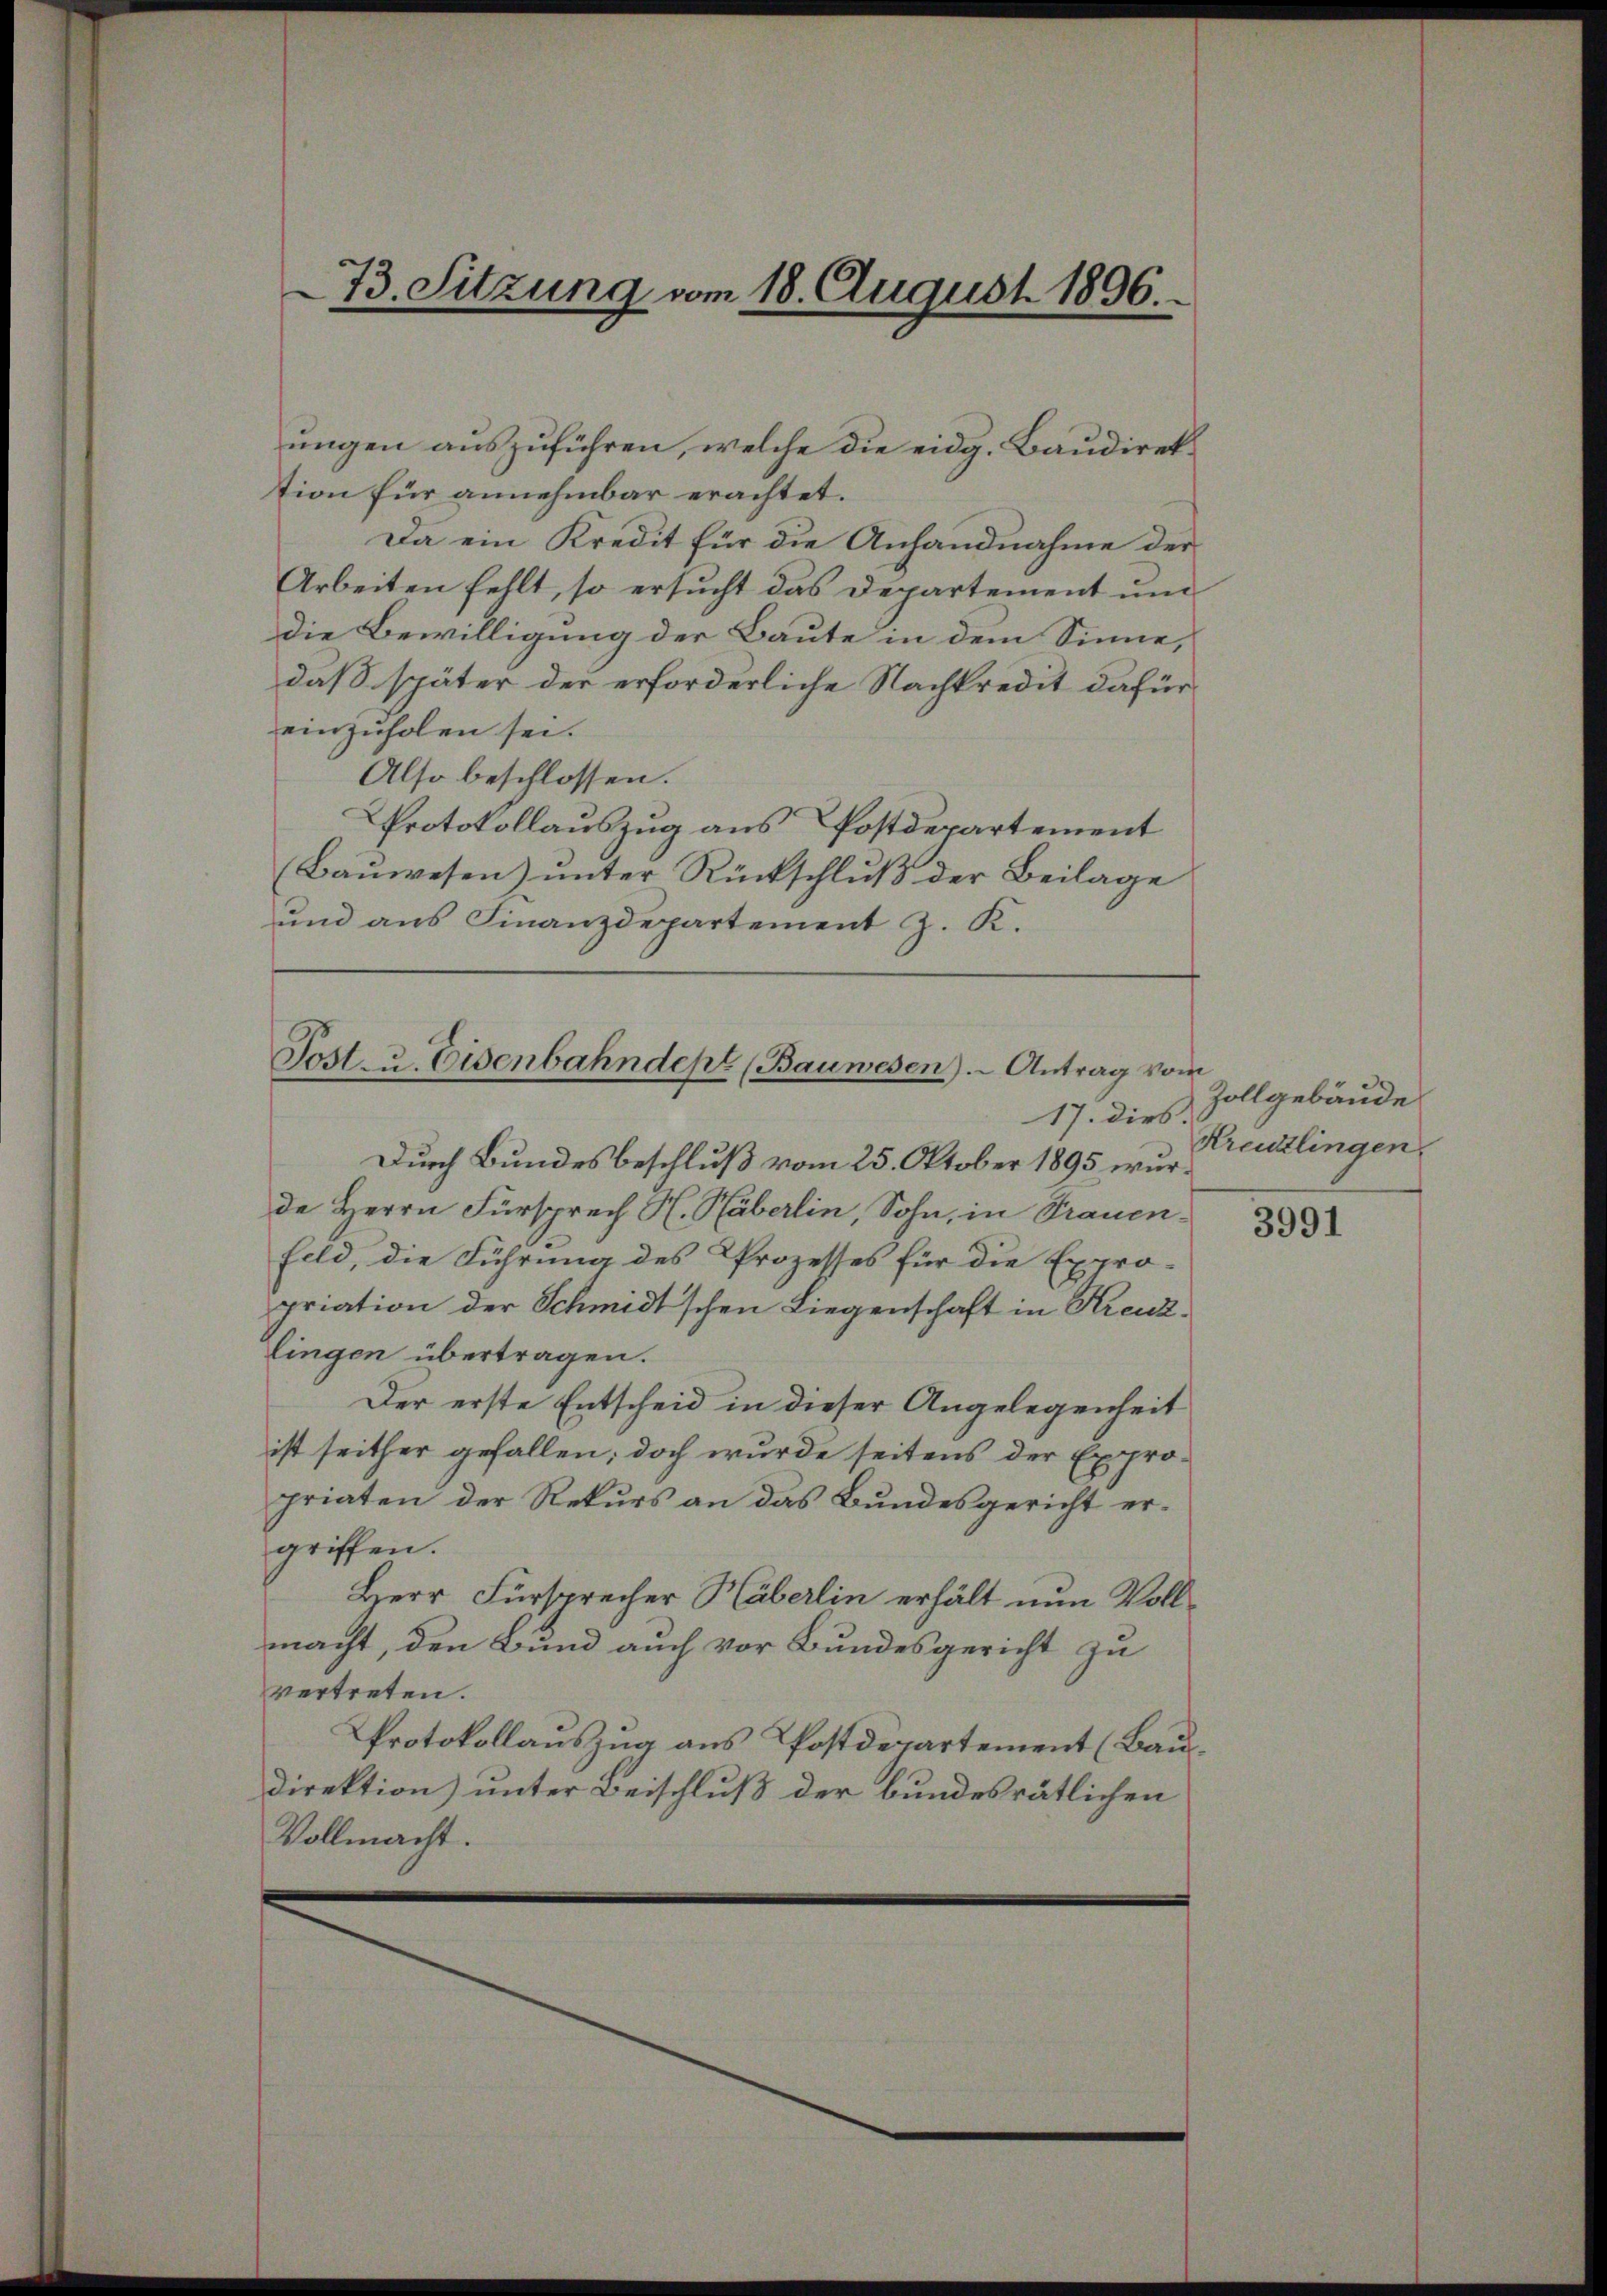
ungen auszuführen, welche die eidg. Baudirektion für annehmbar erachtet.
Da ein Kredit für die Anhandnahme der
Arbeiten fehlt, so ersucht das Departement und
Die Bewilligung der Baute in dem Sinne,
daß später der erforderliche Nachkredit dafür
einzuholen sei.
Also beschlossen:
Protokollauszug aus Postdepartement
(Bauwesen) unter Rückschluß der Beilage
und aus Finanzdepartement J. K.

73. Sitzung vom 18. C
Eugust 1896.

Sostreu, Eisenbahndept (Bauwesen). Antrag vom

17. dies
Durch Bundesbeschluß vom 25. Oktober 1895 wurde Herrn Fürsprech H. Häberlin, Sohn, in Trauen¬
Feld, die Führung des Prozesses für die Expro-
priation der Schmidtschen Liegenschaft in Kreuzlingen übertragen.
Der erste Entscheid in dieser Angelegenheit
ist seither gefallen; doch wurde seitens der Expropriaten der Rekurs an das Bundesgericht ergriffen.
Herr Fürsprecher Häberlin erhält nun Vollmacht, den Bund auch vor Bundesgericht zu
vertreten.
Protokollauszug aus Postdepartement (Baudirektion) unter Beischluß der bundesrätlichen
Vollmacht.

Zollgebäude
Kreuzlingen.

3991